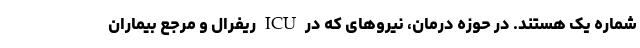
شماره یک هستند. در حوزه درمان، نیروهای که در ICU ریفرال و مرجع بیماران